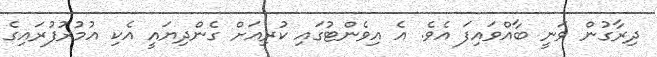
ދިރާގުން ވަނީ ބާއްވައިފަ އެވެ. އެ އިވެންޓުގައި ކުރިއަށް ގެންދިޔައީ އެކި އުމުރުފުރައިގެ